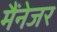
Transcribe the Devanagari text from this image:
मैंनेजर